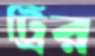
ট্রির